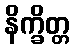
နိက္ခိတ္တ